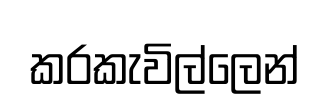
කරකැවිල්ලෙන්